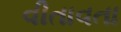
વીતાવતા